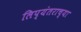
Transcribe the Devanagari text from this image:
लिप्यंतराच्या